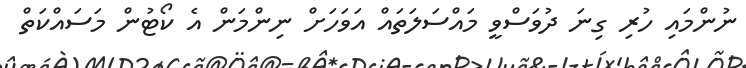
ނުންމައި ހުރި ގިނަ ދުވަސްވީ މައްސަލަތައް އަވަހަށް ނިންމަން އެ ކޯޓުން މަސައްކަތް